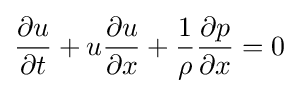
{\frac {\partial u}{\partial t}}+u{\frac {\partial u}{\partial x}}+{\frac {1}{\rho }}{\frac {\partial p}{\partial x}}=0